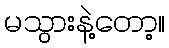
မသွားနဲ့တော့။